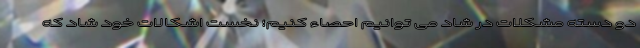
دو دسته مشکلات در شاد می توانیم احصاء کنیم؛ نخست اشکالات خود شاد که